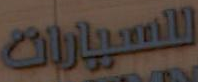
للسيارات